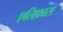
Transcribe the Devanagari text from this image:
एलिफ़ास